Report on horse surra - Volume I
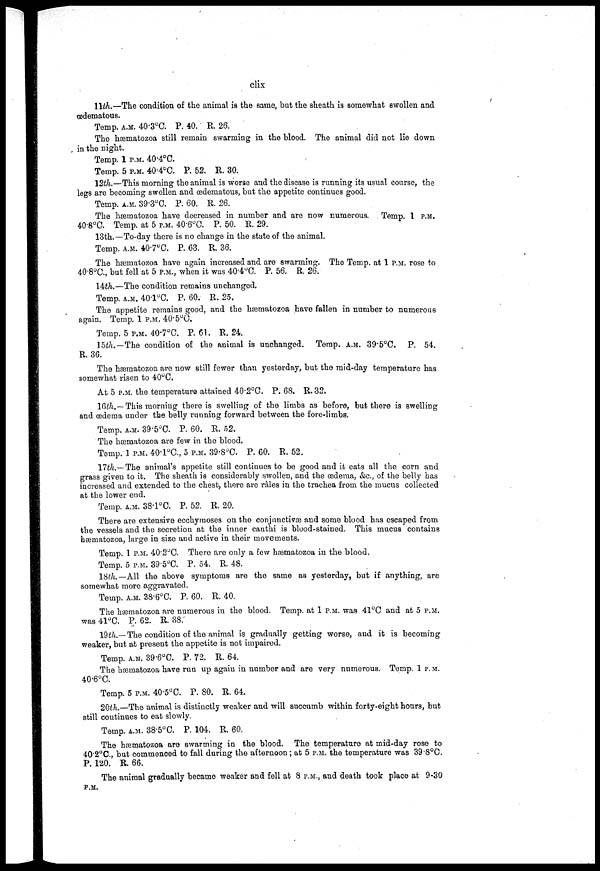
clix
11th.—The condition of the animal is the same, but the sheath is somewhat swollen and
œdematous.
Temp. A.M. 40.3°C. P. 40. R. 26.
The hæmatozoa still remain swarming in the blood. The animal did not lie down
in the night.
Temp. 1 P.M. 40.4°C.
Temp. 5 P.M. 40.4°C. P. 52. R. 30.
12th.—This morning the animal is worse and the disease is running its usual course, the
legs are becoming swollen and œdeinatous, but the appetite continues good.
Temp. A.M. 39.3°C. P. 60. R. 26.
The hæmatozoa have decreased in number and are now numerous. Temp 1 P.M.
40.8°C. Temp. at 5 P.M. 40.6°C. P. 50. R. 29.
13th.—To-day there is no change in the state of the animal.
Temp. A.M. 40.7°C. P. 63. R. 36.
The hæmatozoa have again increased and are swarming. The Temp. at 1 P. m. rose to
40.8°C., but fell at 5 P.M., when it was 40.4°C. P. 56. R. 26.
14th.—The condition remains unchanged.
Temp. A.M. 40.1°C. P. 60. R. 25.
The appetite remains good, and the hæmatozoa have fallen in number to numerous
again. Temp. 1 P.M. 40.5°C.
Temp. 5 P.M. 40.7°C. P. 61. R. 24.
15th.—The condition of the animal is unchanged. Temp. A.M. 39.5°C. P. 54
R. 36.
The hæmatozoa are now still fewer than yesterday, but the mid-day temperature has
somewhat risen to 40°C.
At 5 P.M. the temperature attained 40.2°C. P. 68. R. 32,
16th.—This morning there is swelling of the limbs as before, but there is swelling
and oedema under the belly running forward between the fore-limbs.
Temp. A.M. 39.5°C. P. 60. R. 52.
The hæmatozoa are few in the blood.
Temp. 1 P.M. 40.1°C., 5 P.M. 39.8°C. P. 60. R. 52.
17th.—The animal's appetite still continues to be good and it eats all the corn and
grass given to it. The sheath is considerably swollen, and the oedema, &c, of the belly has
increased and extended to the chest, there are râles in the trachea from the mucus collected
at the lower end.
Temp. A.M. 38.1°C. P. 52. R. 20.
There are extensive ecchymoses on the conjunctivas and some blood has escaped from
the vessels and the secretion at the inner cauthi is blood-stained. This mucus contains
hæmatozoa, large in size and active in their movements.
Temp. 1 P.M. 40.2°C. There are only a few hæmatozoa in the blood.
Temp. 5 P.M. 39.5ºC. P. 54. R. 48.
18th.— All the above symptoms are the same as yesterday, but if anything, are
somewhat more aggravated.
Temp. A.M. 38.6°C. P. 60. R. 40.
The hæmatozoa are numerous in the blood. Temp. at 1 P.M. was 41°C and at 5 P.M.
was 41°C. P. 62. R. 38.
19th.— The condition of the animal is gradually getting worse, and it is becoming
weaker, but at present the appetite is not impaired.
Temp. A.M. 39.6°C. P. 72. R. 64.
The hæmatozoa have run up again in number and are very numerous. Temp. 1 p. m.
40.6°C.
Temp. 5 P.M. 40.5°C. P. 80. R. 64.
20th.—The animal is distinctly weaker and will succumb within forty-eight hours, but
still continues to eat slowly.
Temp. A.M. 38.5°C. P. 104. R. 60.
The hæmatozoa are swarming in the blood. The temperature at mid-day rose to
40.2°C., but commenced to fall during the afternoon; at 5 P.M. the temperature was 39.8°C.
P. 120. R. 66.
The animal gradually became weaker and fell at 8 P.M., and death took place at 9-30
P.M.